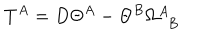
T ^ { A } = D \Theta ^ { A } - \Theta ^ { B } \Omega _ { ~ ~ B } ^ { A }